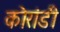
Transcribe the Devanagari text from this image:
कोरांडी